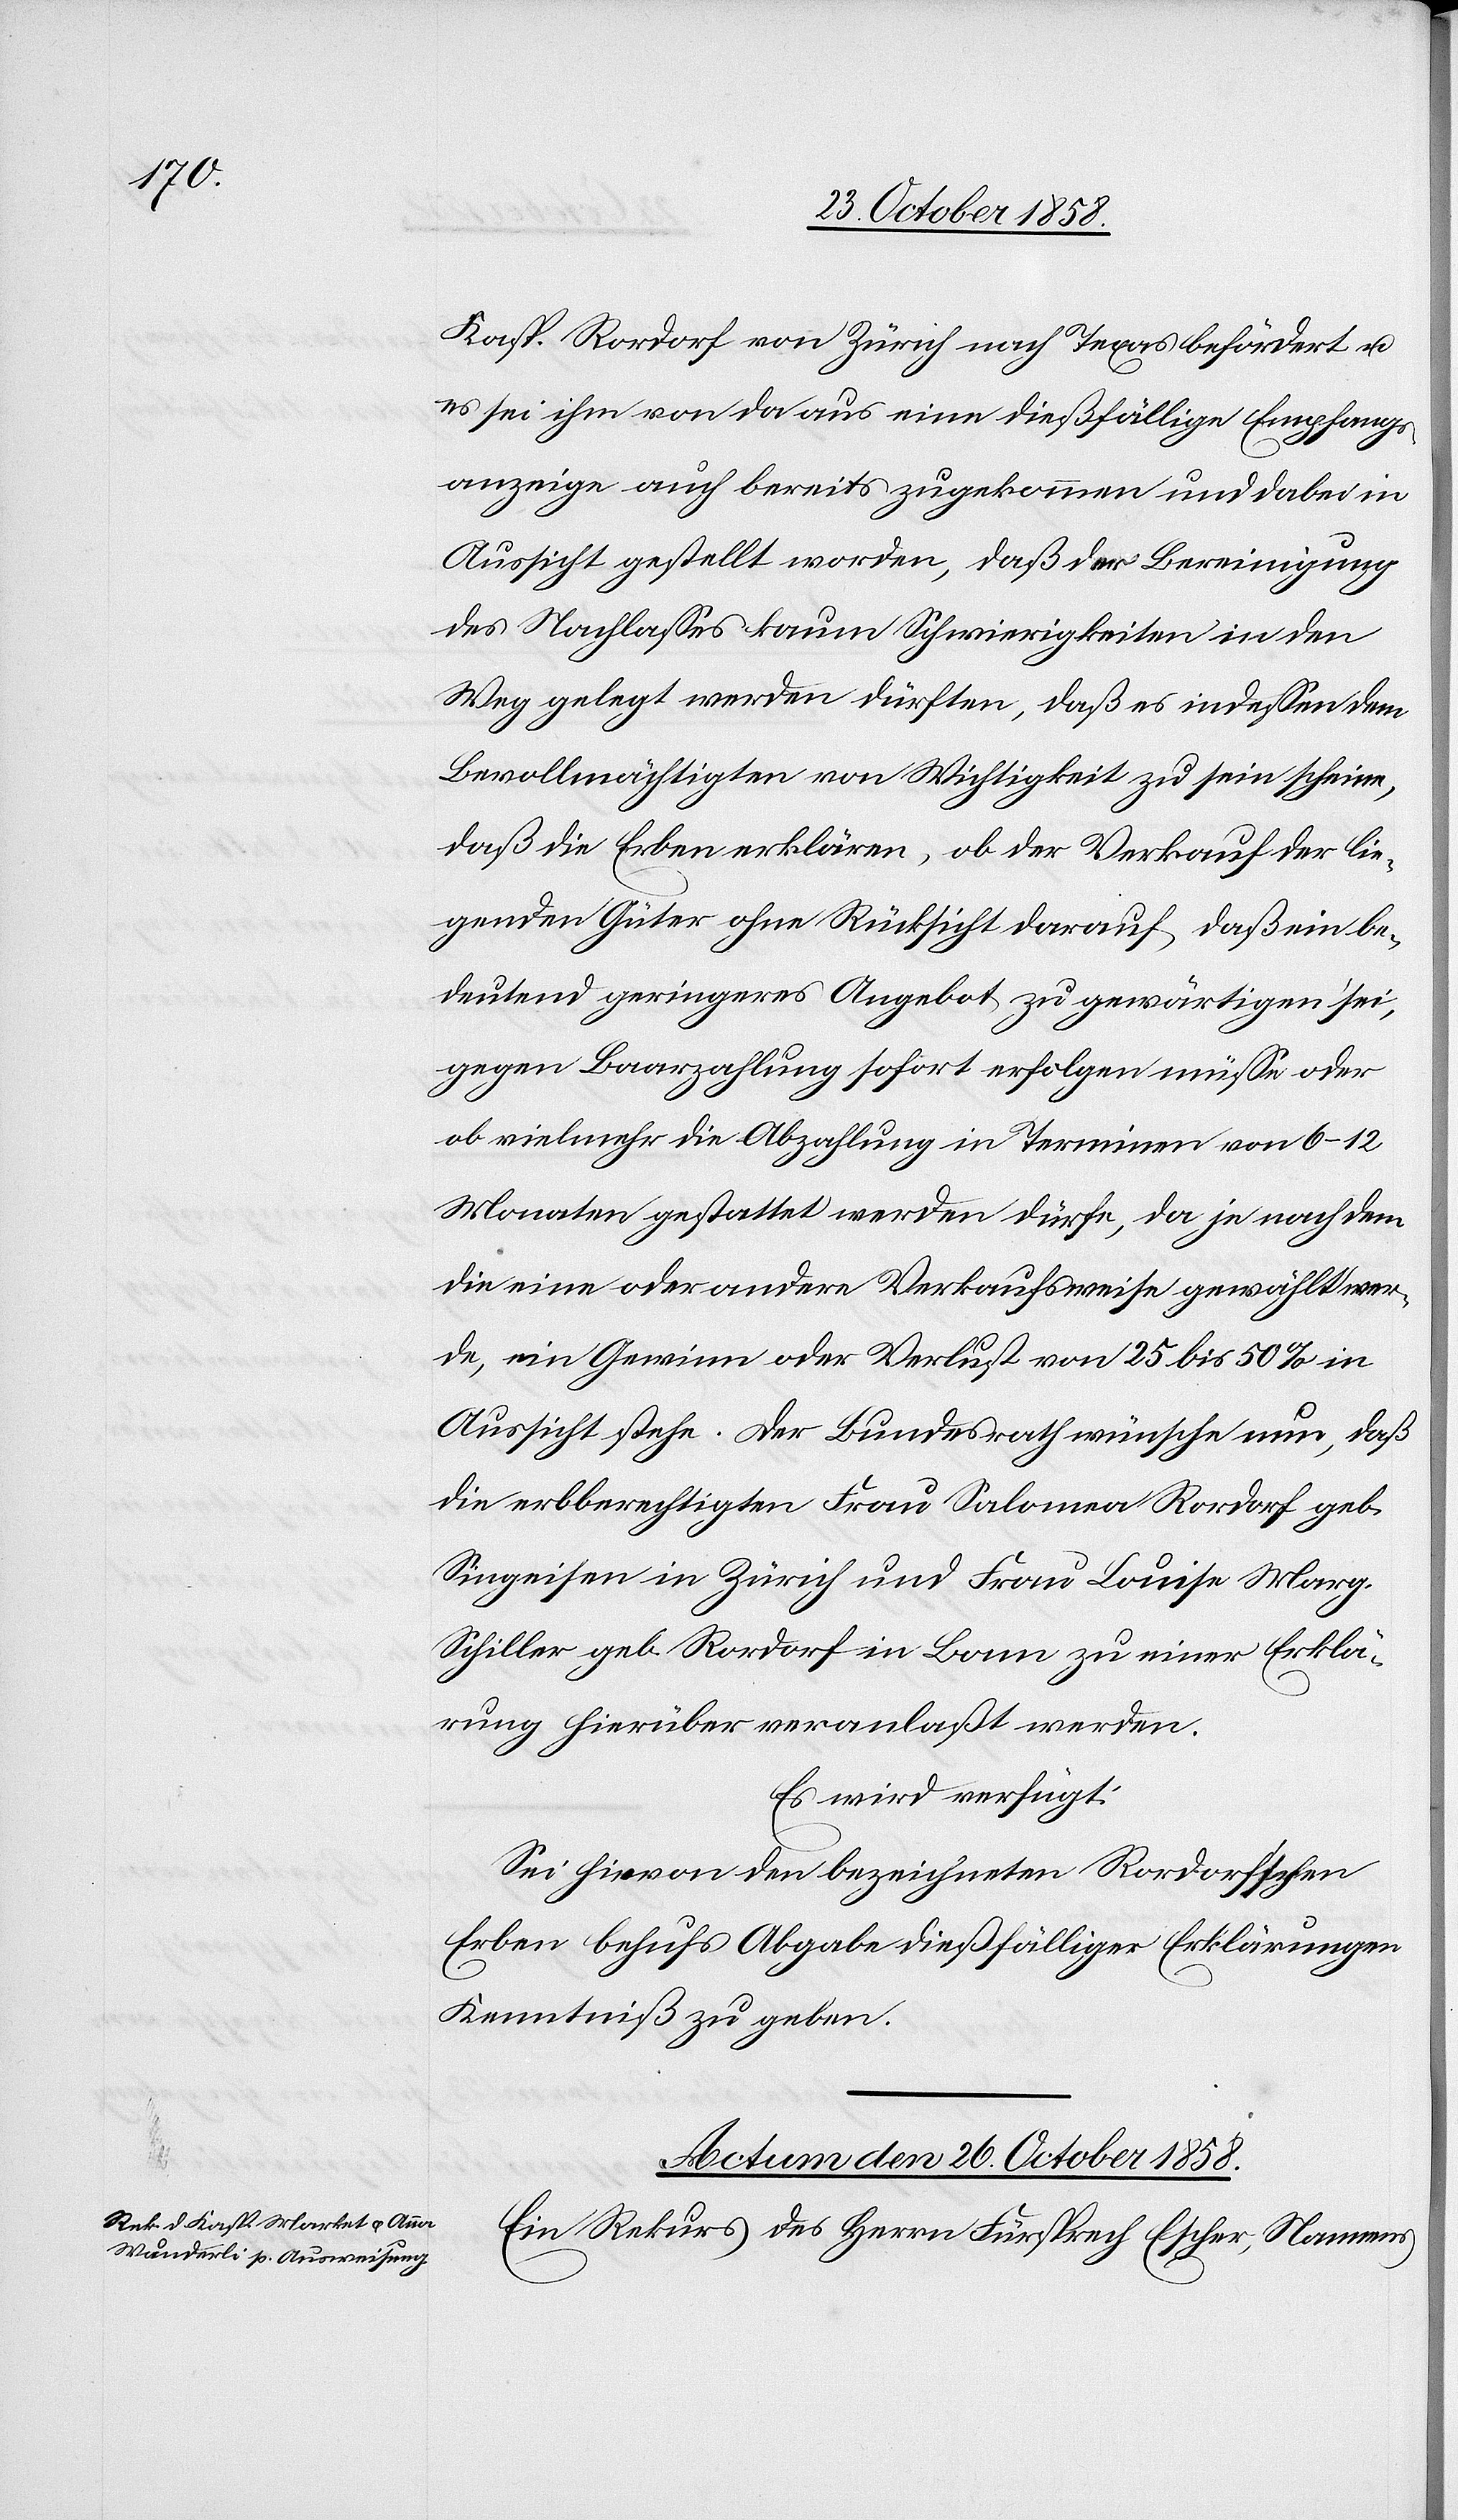
Kasp. Rordorf von Zürich nach Texas befördert u.
es sei ihm von da aus eine dießfällige Empfangs¬
anzeige auch bereits zugekommen und dabei in
Aussicht gestellt worden, daß der Bereinigung
des Nachlasses kaum Schwierigkeiten in den
Weg gelegt werden dürften, daß es indessen dem
Bevollmächtigten von Wichtigkeit zu sein scheine,
daß die Erben erklären, ob der Verkauf der lie¬
genden Güter ohne Rücksicht darauf, daß ein be¬
deutend geringeres Angebot zu gewärtigen sei,
gegen Baarzahlung sofort erfolgen müsse oder
ob vielmehr die Abzahlung in Terminen von 6–12
Monaten gestattet werden dürfe, da je nachdem
die eine oder andere Verkaufsweise gewählt wer¬
de, ein Gewinn oder Verlust von 25 bis 50% in
Aussicht stehe. Der Bundesrath wünsche nun, daß
die erbberechtigten Frau Salomea Rordorf geb.
Singeisen in Zürich und Frau Louise Marg.
Schiller geb. Rordorf in Bonn zu einer Erklä¬
rung hierüber veranlaßt werden.
Es wird verfügt:
Sei hievon den bezeichneten Rordorf’schen
Erben behufs Abgabe dießfälliger Erklärungen
Kenntniß zu geben.
Actum den 26. October 1858.
Ein Rekurs des Herrn Fürsprech Escher, Namens